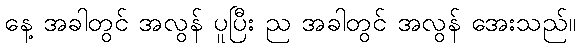
နေ့ အခါတွင် အလွန် ပူပြီး ည အခါတွင် အလွန် အေးသည်။